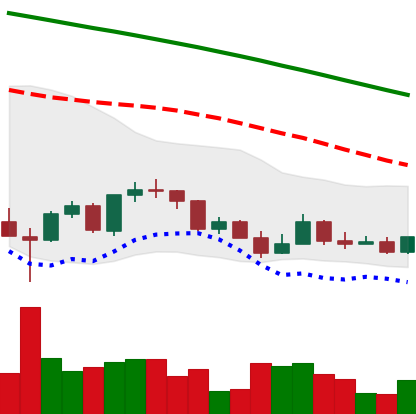
Ticker: LINK-USD
Chart end date: 2022-03-14
Forward return: 11.743%
Label: up_7plus